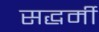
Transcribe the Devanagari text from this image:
सद्धर्मी